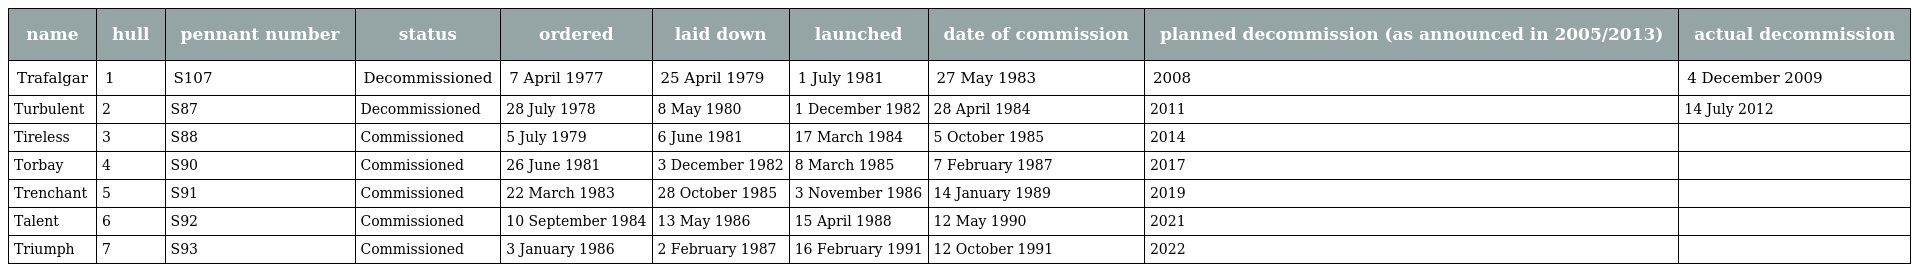
| name | hull | pennant number | status | ordered | laid down | launched | date of commission | planned decommission (as announced in 2005/2013) | actual decommission |
 | --- | --- | --- | --- | --- | --- | --- | --- | --- | --- |
 | Trafalgar | 1 | S107 | Decommissioned | 7 April 1977 | 25 April 1979 | 1 July 1981 | 27 May 1983 | 2008 | 4 December 2009 |
 | Turbulent | 2 | S87 | Decommissioned | 28 July 1978 | 8 May 1980 | 1 December 1982 | 28 April 1984 | 2011 | 14 July 2012 |
 | Tireless | 3 | S88 | Commissioned | 5 July 1979 | 6 June 1981 | 17 March 1984 | 5 October 1985 | 2014 |  |
 | Torbay | 4 | S90 | Commissioned | 26 June 1981 | 3 December 1982 | 8 March 1985 | 7 February 1987 | 2017 |  |
 | Trenchant | 5 | S91 | Commissioned | 22 March 1983 | 28 October 1985 | 3 November 1986 | 14 January 1989 | 2019 |  |
 | Talent | 6 | S92 | Commissioned | 10 September 1984 | 13 May 1986 | 15 April 1988 | 12 May 1990 | 2021 |  |
 | Triumph | 7 | S93 | Commissioned | 3 January 1986 | 2 February 1987 | 16 February 1991 | 12 October 1991 | 2022 |  |